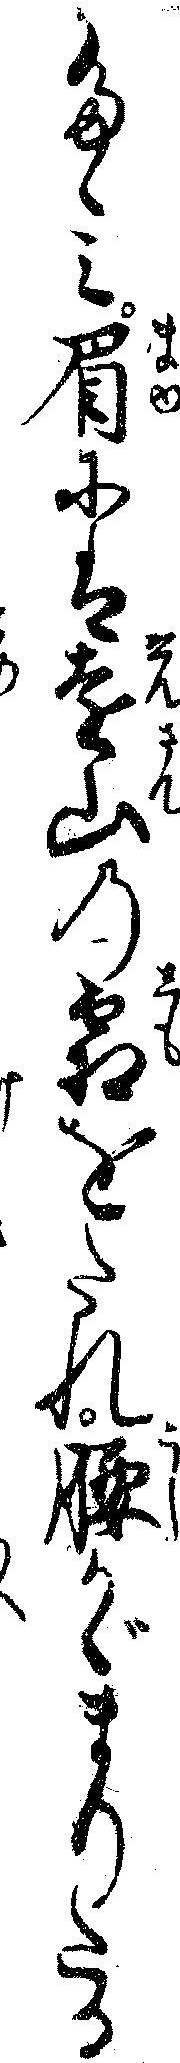
たゝミ眉には遠山の霜をたれ腰かゞまりたる